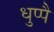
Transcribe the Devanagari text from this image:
धुप्पै